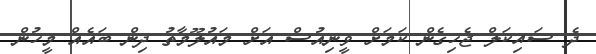
ދެ ސައިކަލް ޖެހިގެން ކަމަށް ވީނިއުސް އަށް މައުލޫމާތު ދިން ބައެއް މީހުން